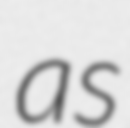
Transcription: as